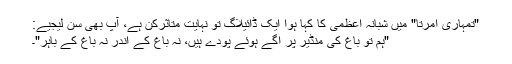
"تمہاری امرتا" میں شبانہ اعظمی کا کہا ہوا ایک ڈائیلاگ تو نہایت متاثرکن ہے، آپ بھی سن لیجیے:
"ہم تو باغ کی منڈیر پر اگے ہوئے پودے ہیں، نہ باغ کے اندر نہ باغ کے باہر"۔